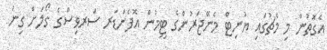
އެގޮތުން މި މެޗުގައި ޔުނިޓް މެނޭޖަރުންގެ ޓީމުން އޮފެންޑަރ ސަރވިސްގެ ގޯލަށް ގިނަ